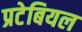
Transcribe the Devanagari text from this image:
प्रटेबियल